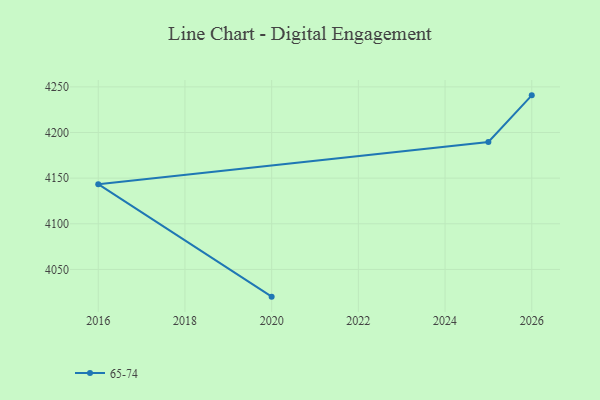
{"axis": {"x": "Year", "y": "Net Income (USD K)"}, "legend": ["65-74"], "data": [{"x": "2026", "y": 4240.7, "type": "65-74"}, {"x": "2025", "y": 4189.6, "type": "65-74"}, {"x": "2016", "y": 4143.4, "type": "65-74"}, {"x": "2020", "y": 4020.2, "type": "65-74"}]}